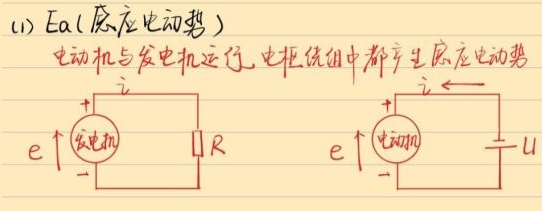
(1) \(E_a\)（感应电动势）：电动机与发电机运行时，电枢绕组中都产生感应电动势。
\[E_a\]